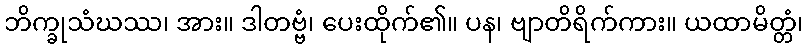
ဘိက္ခုသံဃဿ၊ အား။ ဒါတဗ္ဗံ၊ ပေးထိုက်၏။ ပန၊ ဗျာတိရိက်ကား။ ယထာမိတ္တံ၊